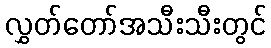
လွှတ်တော်အသီးသီးတွင်